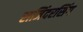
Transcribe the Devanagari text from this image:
राजिंदरसिंग